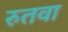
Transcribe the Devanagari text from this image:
रुतवा